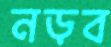
নড়ব